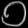
Digit: ၀